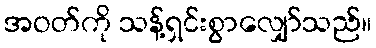
အဝတ်ကို သန့်ရှင်းစွာလျှော်သည်။